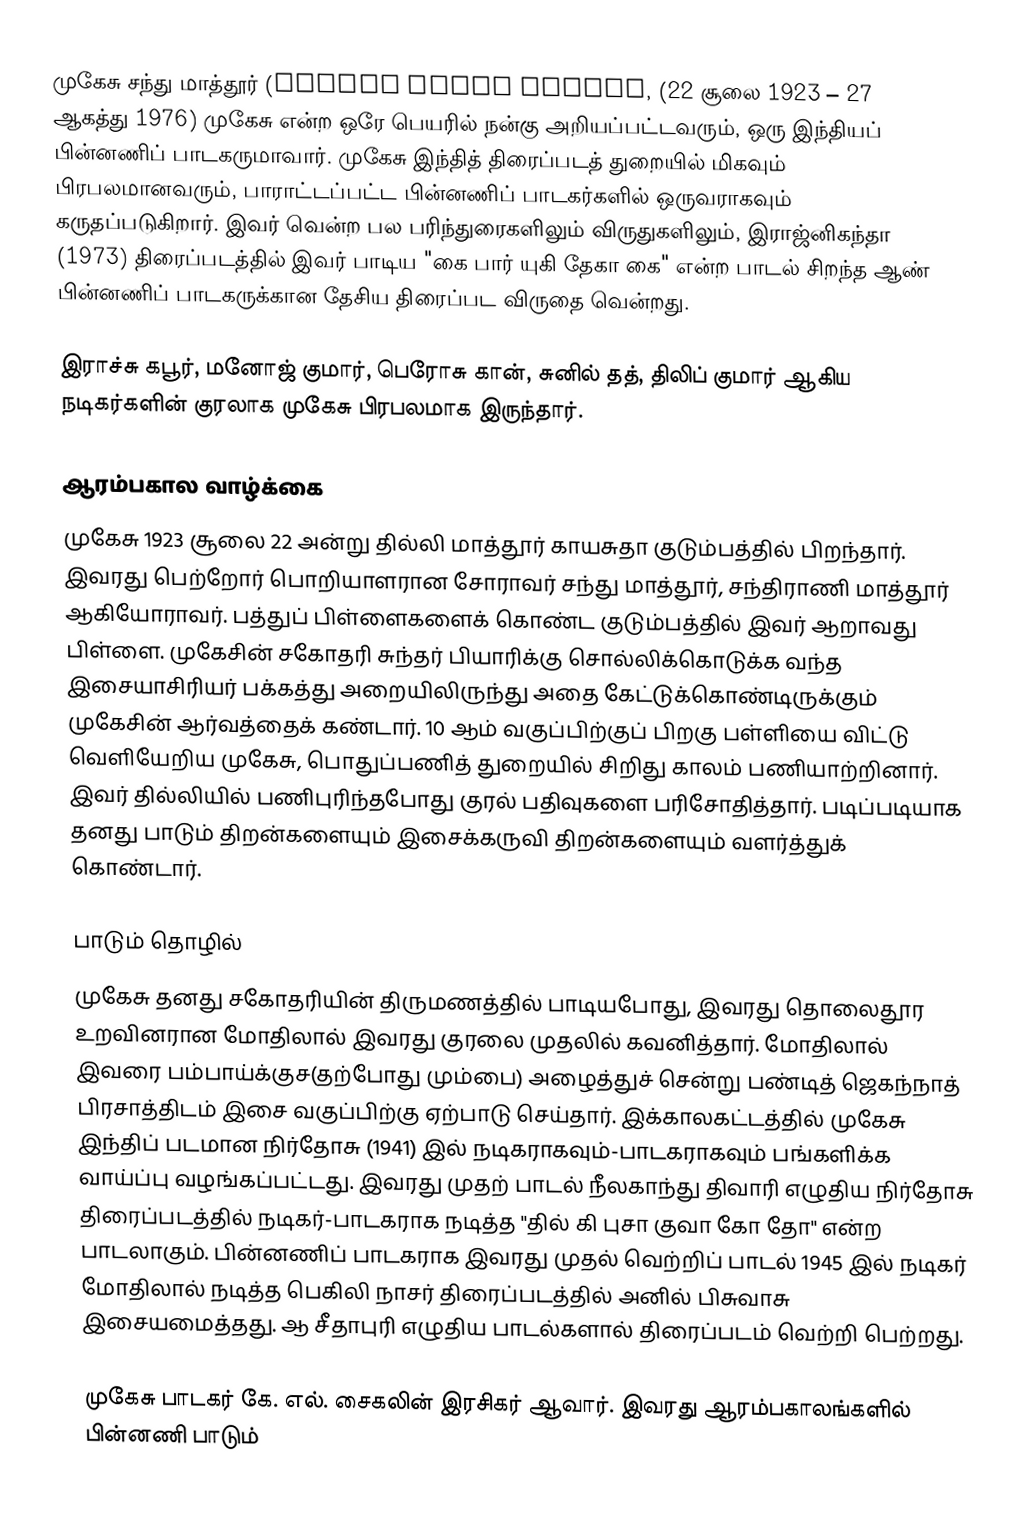
முகேசு சந்து மாத்தூர் (Mukesh Chand Mathur, (22 சூலை 1923 – 27 ஆகத்து 1976) முகேசு என்ற ஒரே பெயரில் நன்கு அறியப்பட்டவரும், ஒரு இந்தியப் பின்னணிப் பாடகருமாவார். முகேசு இந்தித் திரைப்படத் துறையில் மிகவும் பிரபலமானவரும், பாராட்டப்பட்ட பின்னணிப் பாடகர்களில் ஒருவராகவும் கருதப்படுகிறார். இவர் வென்ற பல பரிந்துரைகளிலும் விருதுகளிலும், இராஜ்னிகந்தா (1973) திரைப்படத்தில் இவர் பாடிய "கை பார் யுகி தேகா கை" என்ற பாடல் சிறந்த ஆண் பின்னணிப் பாடகருக்கான தேசிய திரைப்பட விருதை வென்றது.

இராச்சு கபூர், மனோஜ் குமார், பெரோசு கான், சுனில் தத், திலிப் குமார் ஆகிய நடிகர்களின் குரலாக முகேசு பிரபலமாக இருந்தார்.

ஆரம்பகால வாழ்க்கை
முகேசு 1923 சூலை  22 அன்று தில்லி மாத்தூர் காயசுதா குடும்பத்தில் பிறந்தார். இவரது பெற்றோர் பொறியாளரான சோராவர் சந்து மாத்தூர், சந்திராணி மாத்தூர் ஆகியோராவர். பத்துப் பிள்ளைகளைக் கொண்ட குடும்பத்தில் இவர் ஆறாவது பிள்ளை. முகேசின் சகோதரி சுந்தர் பியாரிக்கு சொல்லிக்கொடுக்க வந்த இசையாசிரியர் பக்கத்து அறையிலிருந்து அதை கேட்டுக்கொண்டிருக்கும் முகேசின் ஆர்வத்தைக் கண்டார். 10 ஆம் வகுப்பிற்குப் பிறகு பள்ளியை விட்டு வெளியேறிய முகேசு, பொதுப்பணித் துறையில் சிறிது காலம் பணியாற்றினார். இவர் தில்லியில் பணிபுரிந்தபோது குரல் பதிவுகளை பரிசோதித்தார். படிப்படியாக தனது பாடும் திறன்களையும் இசைக்கருவி திறன்களையும் வளர்த்துக் கொண்டார்.

பாடும் தொழில்
முகேசு தனது சகோதரியின் திருமணத்தில் பாடியபோது, இவரது தொலைதூர உறவினரான மோதிலால் இவரது குரலை முதலில் கவனித்தார். மோதிலால் இவரை பம்பாய்க்குச(தற்போது மும்பை) அழைத்துச் சென்று பண்டித் ஜெகந்நாத் பிரசாத்திடம் இசை வகுப்பிற்கு ஏற்பாடு செய்தார். இக்காலகட்டத்தில் முகேசு இந்திப் படமான நிர்தோசு (1941) இல் நடிகராகவும்-பாடகராகவும் பங்களிக்க வாய்ப்பு வழங்கப்பட்டது. இவரது முதற் பாடல் நீலகாந்து திவாரி எழுதிய நிர்தோசு திரைப்படத்தில் நடிகர்-பாடகராக நடித்த "தில் கி புசா குவா கோ தோ" என்ற பாடலாகும். பின்னணிப் பாடகராக இவரது முதல் வெற்றிப் பாடல் 1945 இல் நடிகர் மோதிலால் நடித்த பெகிலி நாசர் திரைப்படத்தில் அனில் பிசுவாசு இசையமைத்தது. ஆ சீதாபுரி எழுதிய பாடல்களால் திரைப்படம் வெற்றி பெற்றது.

முகேசு பாடகர் கே. எல். சைகலின் இரசிகர் ஆவார். இவரது ஆரம்பகாலங்களில் பின்னணி பாடும்